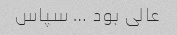
عالی بود … سپاس